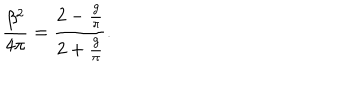
LaTeX: { \frac { \beta ^ { 2 } } { 4 \pi } } = { \frac { 2 - { \frac { g } { \pi } } } { 2 + { \frac { g } { \pi } } } } .